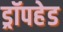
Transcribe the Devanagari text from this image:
ड्रॉपहेड